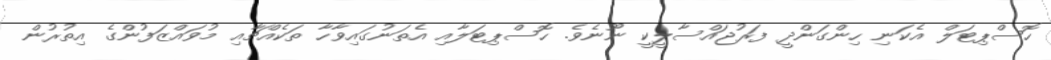
ހޮސްޕިޓަލް އެކަނި ހިންގަންދީ ފަރުޖައްސާލީކީ ނޫނެވެ. ހޮސްޕިޓަލާއި އެތަނުގައިވާހާ ތަކެއްޗާއި މުވައްޒަފުންގެ އިތުރުން